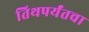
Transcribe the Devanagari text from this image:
तिथपर्यंतचा